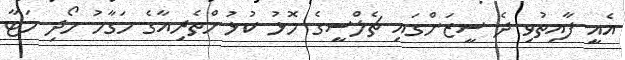
އެއީ ފާއިތުވި ދެ ސީޒަންގައި ޗެލްސީގެ މޮޅު ކުޅުންތެރިއާގެ މަގާމު ހޯދި މަޓާ